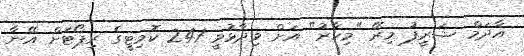
އާދަމް ޝަރީފު މިރޭ "މިހާރު" އަށް ވިދާޅުވީ 241 ކޮމިޓީގެ ރިޕޯޓަށް އޭނާ